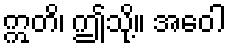
ဣတိ၊ ဤသို့။ အဝေါ